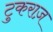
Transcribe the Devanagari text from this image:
टुकराज़